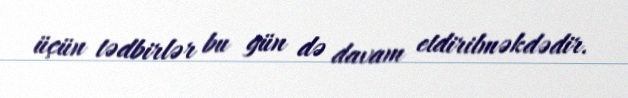
üçün tədbirlər bu gün də davam etdirilməkdədir.